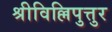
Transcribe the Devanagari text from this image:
श्रीविल्लिपुत्तुर